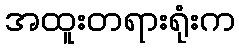
အထူးတရားရုံးက